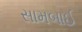
સામબાઈ